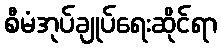
စီမံအုပ်ချုပ်ရေးဆိုင်ရာ